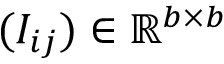
( I _ { i j } ) \in \mathbb { R } ^ { b \times b }